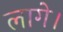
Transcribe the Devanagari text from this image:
लागे।